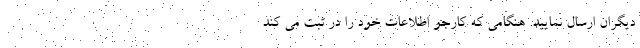
دیگران ارسال نمایید. هنگامی که کارجو اطلاعات خود را در ثبت می کند